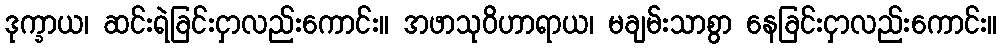
ဒုက္ခာယ၊ ဆင်းရဲခြင်းငှာလည်းကောင်း။ အဖာသုဝိဟာရာယ၊ မချမ်းသာစွာ နေခြင်းငှာလည်းကောင်း။